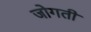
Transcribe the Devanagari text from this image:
जोगती